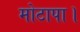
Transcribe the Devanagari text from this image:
मोटापा।